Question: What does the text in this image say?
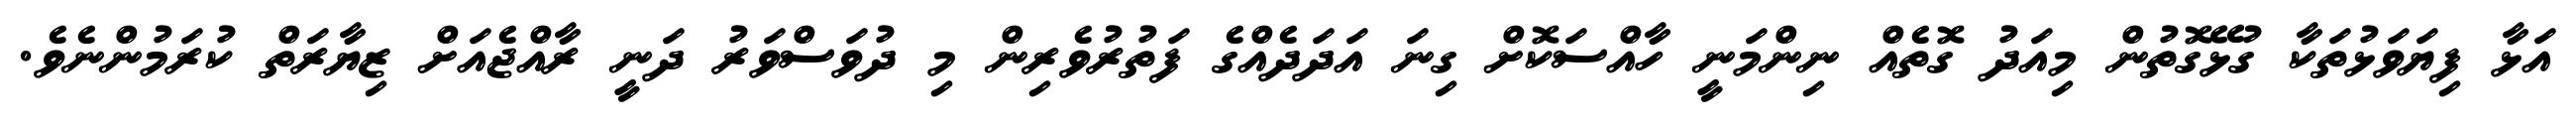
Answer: އަޅާ ފިޔަވަޅުތަކާ ގުޅޭގޮތުން މިއަދު ގޮތެއް ނިންމަނީ ހާއްސަކޮށް ގިނަ އަދަދެއްގެ ފަތުރުވެރިން މި ދުވަސްވަރު ދަނީ ރާއްޖެއަށް ޒިޔާރަތް ކުރަމުންނެވެ.